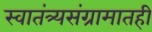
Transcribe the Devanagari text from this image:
स्वातंत्र्यसंग्रामातही